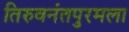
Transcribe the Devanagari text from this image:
तिरुवनंतपुरमला